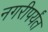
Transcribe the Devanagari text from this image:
नगरीपर्यंत